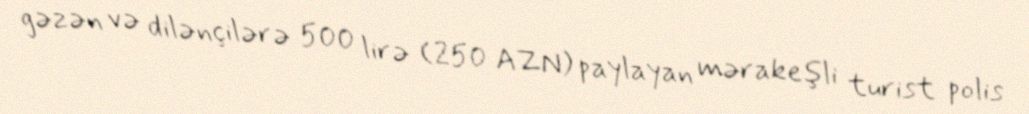
gəzən və dilənçilərə 500 lirə (250 AZN) paylayan mərakeşli turist polis